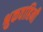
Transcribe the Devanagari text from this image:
श्रुकवाहिनी